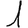
Digit: 1